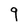
Character: 9